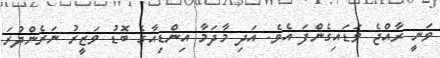
ވަނީ ރާއްޖެ ވަޑައިގެންފަ އެވެ. އަދި މާދަމާ އިންޑިއާގެ ބޮޑު ވަޒީރު ނަރެންދުރަ